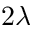
2 \lambda